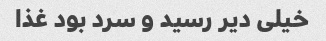
خیلی دیر رسید و سرد بود غذا